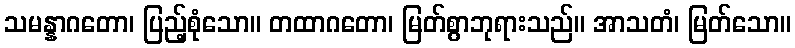
သမန္နာဂတော၊ ပြည့်စုံသော။ တထာဂတော၊ မြတ်စွာဘုရားသည်။ အာသတံ၊ မြတ်သော။